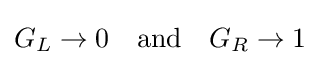
G_{L}\to 0\quad {\mbox{and}}\quad G_{R}\to 1